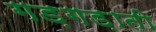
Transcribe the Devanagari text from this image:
गड़गड़ाती